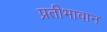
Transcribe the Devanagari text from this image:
प्रतीभावान